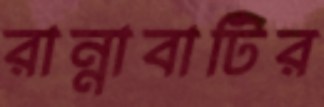
রান্নাবাটির